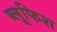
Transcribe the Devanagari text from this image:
ब्लूफिश